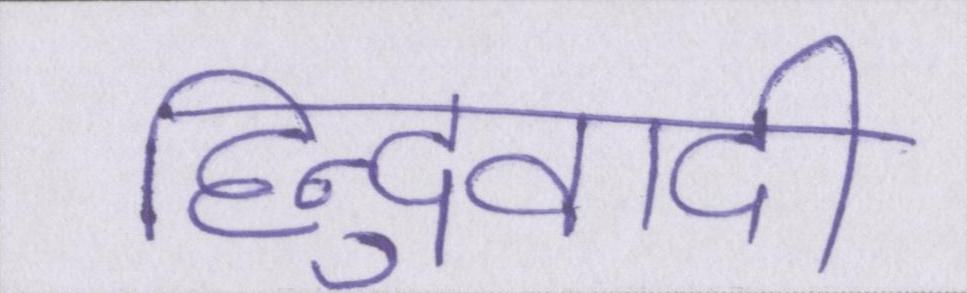
हिन्दुवादी